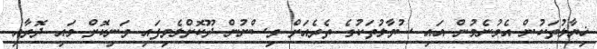
ޚިޔާލުތަކުން އެމުނެމުން އައި ސުވާލުތަކުގެ ތެރެއަށް ވިސްނުން ދޫކޮށްލެވިފައި ވަނިކޮށް މައި ދޮރާއި